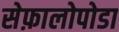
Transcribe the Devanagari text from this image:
सेफ़ालोपोडा